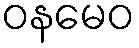
ဝနမေဝ